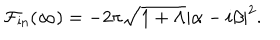
{ \cal F } _ { \mathrm { i n } } ( \infty ) = - 2 \pi \sqrt { 1 + \Lambda } \left\vert \alpha - i \beta \right\vert ^ { 2 } .